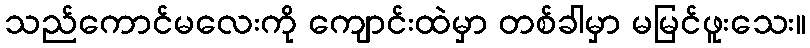
သည်ကောင်မလေးကို ကျောင်းထဲမှာ တစ်ခါမှာ မမြင်ဖူးသေး။